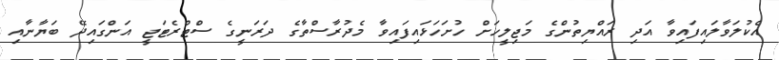
އެކުލަވާލައިފައިވާ އަދި ރައްޔިތުންގެ މަޖިލީހަށް ހުށަހަޅައިފައިވާ މެދުރާސްތާގެ ދަރަނީގެ ސްޓްރެޓަޖީ އަންގައިދޭ ބަޔާނާއި